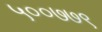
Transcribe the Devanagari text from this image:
५००७७९